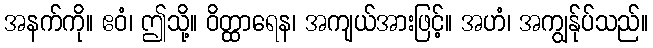
အနက်ကို။ ဧဝံ၊ ဤသို့။ ဝိတ္ထာရေန၊ အကျယ်အားဖြင့်။ အဟံ၊ အကျွန်ုပ်သည်။